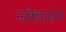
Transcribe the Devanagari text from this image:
नाकेदारांना